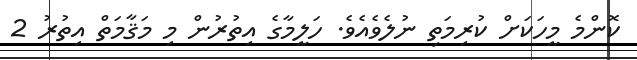
ކޮންމެ މީހަކަށް ކުރިމަތި ނުލެވެއެވެ. ހަލީމާގެ އިތުރުން މި މަޤާމަތް އިތުރު 2